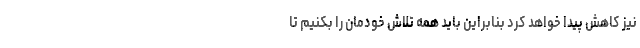
نیز کاهش پیدا خواهد کرد بنابراین باید همه تلاش خودمان را بکنیم تا